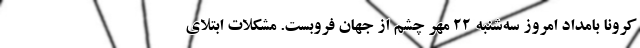
کرونا بامداد امروز سه‌شنبه ۲۲ مهر چشم از جهان فروبست. مشکلات ابتلای